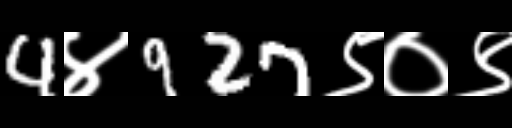
Text: 4४927९०९